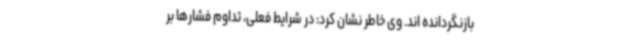
بازنگردانده اند. وی خاطر نشان کرد: در شرایط فعلی، تداوم فشارها بر